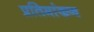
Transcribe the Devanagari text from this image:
प्रतिमांकन